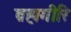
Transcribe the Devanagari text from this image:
ब्रह्मगीरि